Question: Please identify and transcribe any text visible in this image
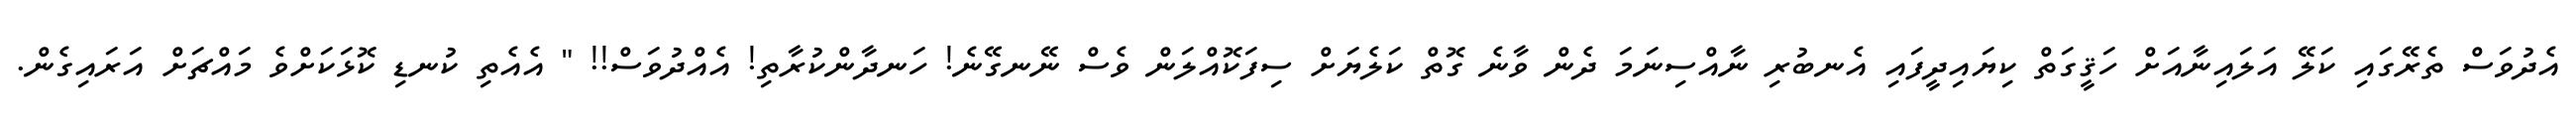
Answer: އެދުވަސް ތެރޭގައި ކަލޭ އަލައިނާއަށް ހަޤީގަތް ކިޔައިދީފައި އެނބުރި ނާއްސިނަމަ ދެން ވާނެ ގޮތް ކަލެޔަށް ސިފަކޮއްލަން ވެސް ނޭނގޭނެ! ހަނދާންކުރާތި! އެއްދުވަސް!! " އެއެތި ކުނޑި ކޮޅަކަށްވެ މައްޗަށް އަރައިގެން.